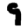
Digit: 9